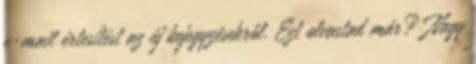
e-mail értesítést az új bejegyzésekről. Ezt olvastad már? Nagy